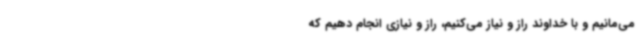
می‌مانیم و با خداوند راز و نیاز می‌کنیم، راز و نیازی انجام دهیم که